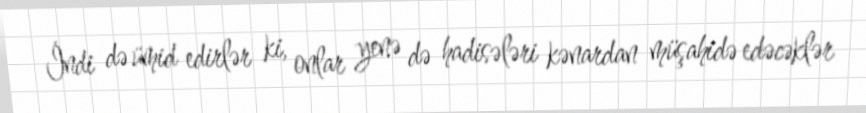
İndi də ümid edirlər ki, onlar yenə də hadisələri kənardan müşahidə edəcəklər